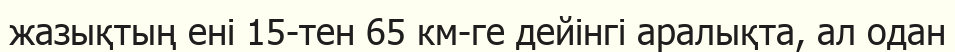
жазықтың ені 15-тен 65 км-ге дейінгі аралықта, ал одан